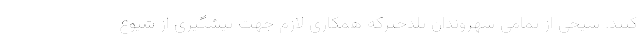
کنند. شیخی از تمامی شهروندان پلدخترکه همکاری لازم جهت پیشگیری از شیوع